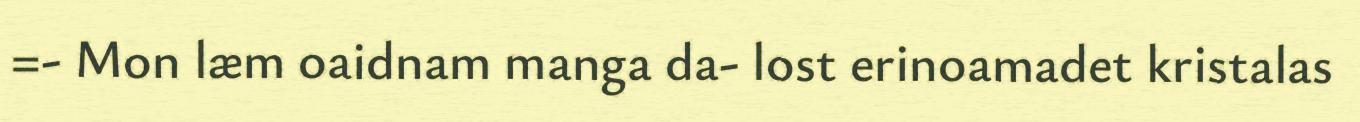
=- Mon læm oaidnam manga da- lost erinoamadet kristalas